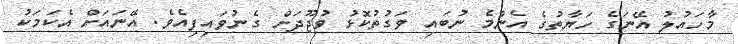
މާހައުލު އޭނަގެ ހަޔާތުގެ އެންމެ ނުބައި ވަގުތުކޮޅު ވުޖޫދަށް ގެނުވައިފިއެވެ. އޭނައަށް އެކަމަކު